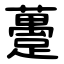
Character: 躉